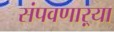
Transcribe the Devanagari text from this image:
संपवणाऱ्या